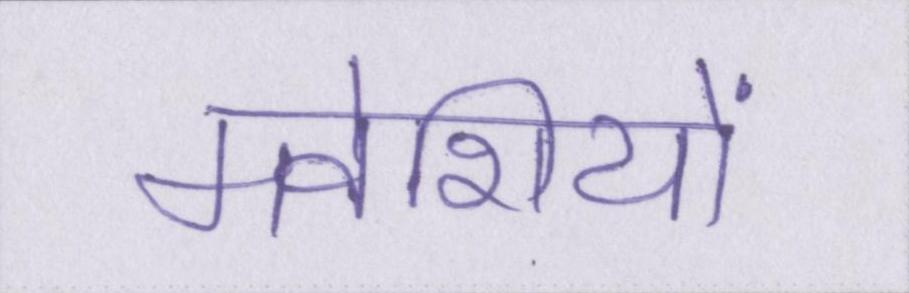
मवेशियों